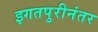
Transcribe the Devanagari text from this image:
इगतपुरीनंतर